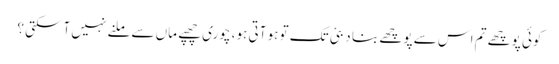
کوئی پوچھے تم اس سے پوچھے بنا دبئی تک تو ہو آتی ہو، چوری چھپے ماں سے ملنے نہیں آسکتی ؟